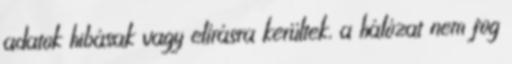
adatok hibásak vagy elírásra kerültek, a hálózat nem fog